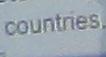
countries